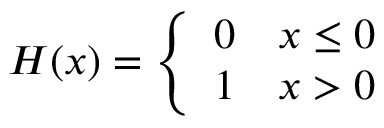
H ( x ) = \left\{ \begin{array} { l l } { 0 } & { x \leq 0 } \\ { 1 } & { x > 0 } \end{array} \right.